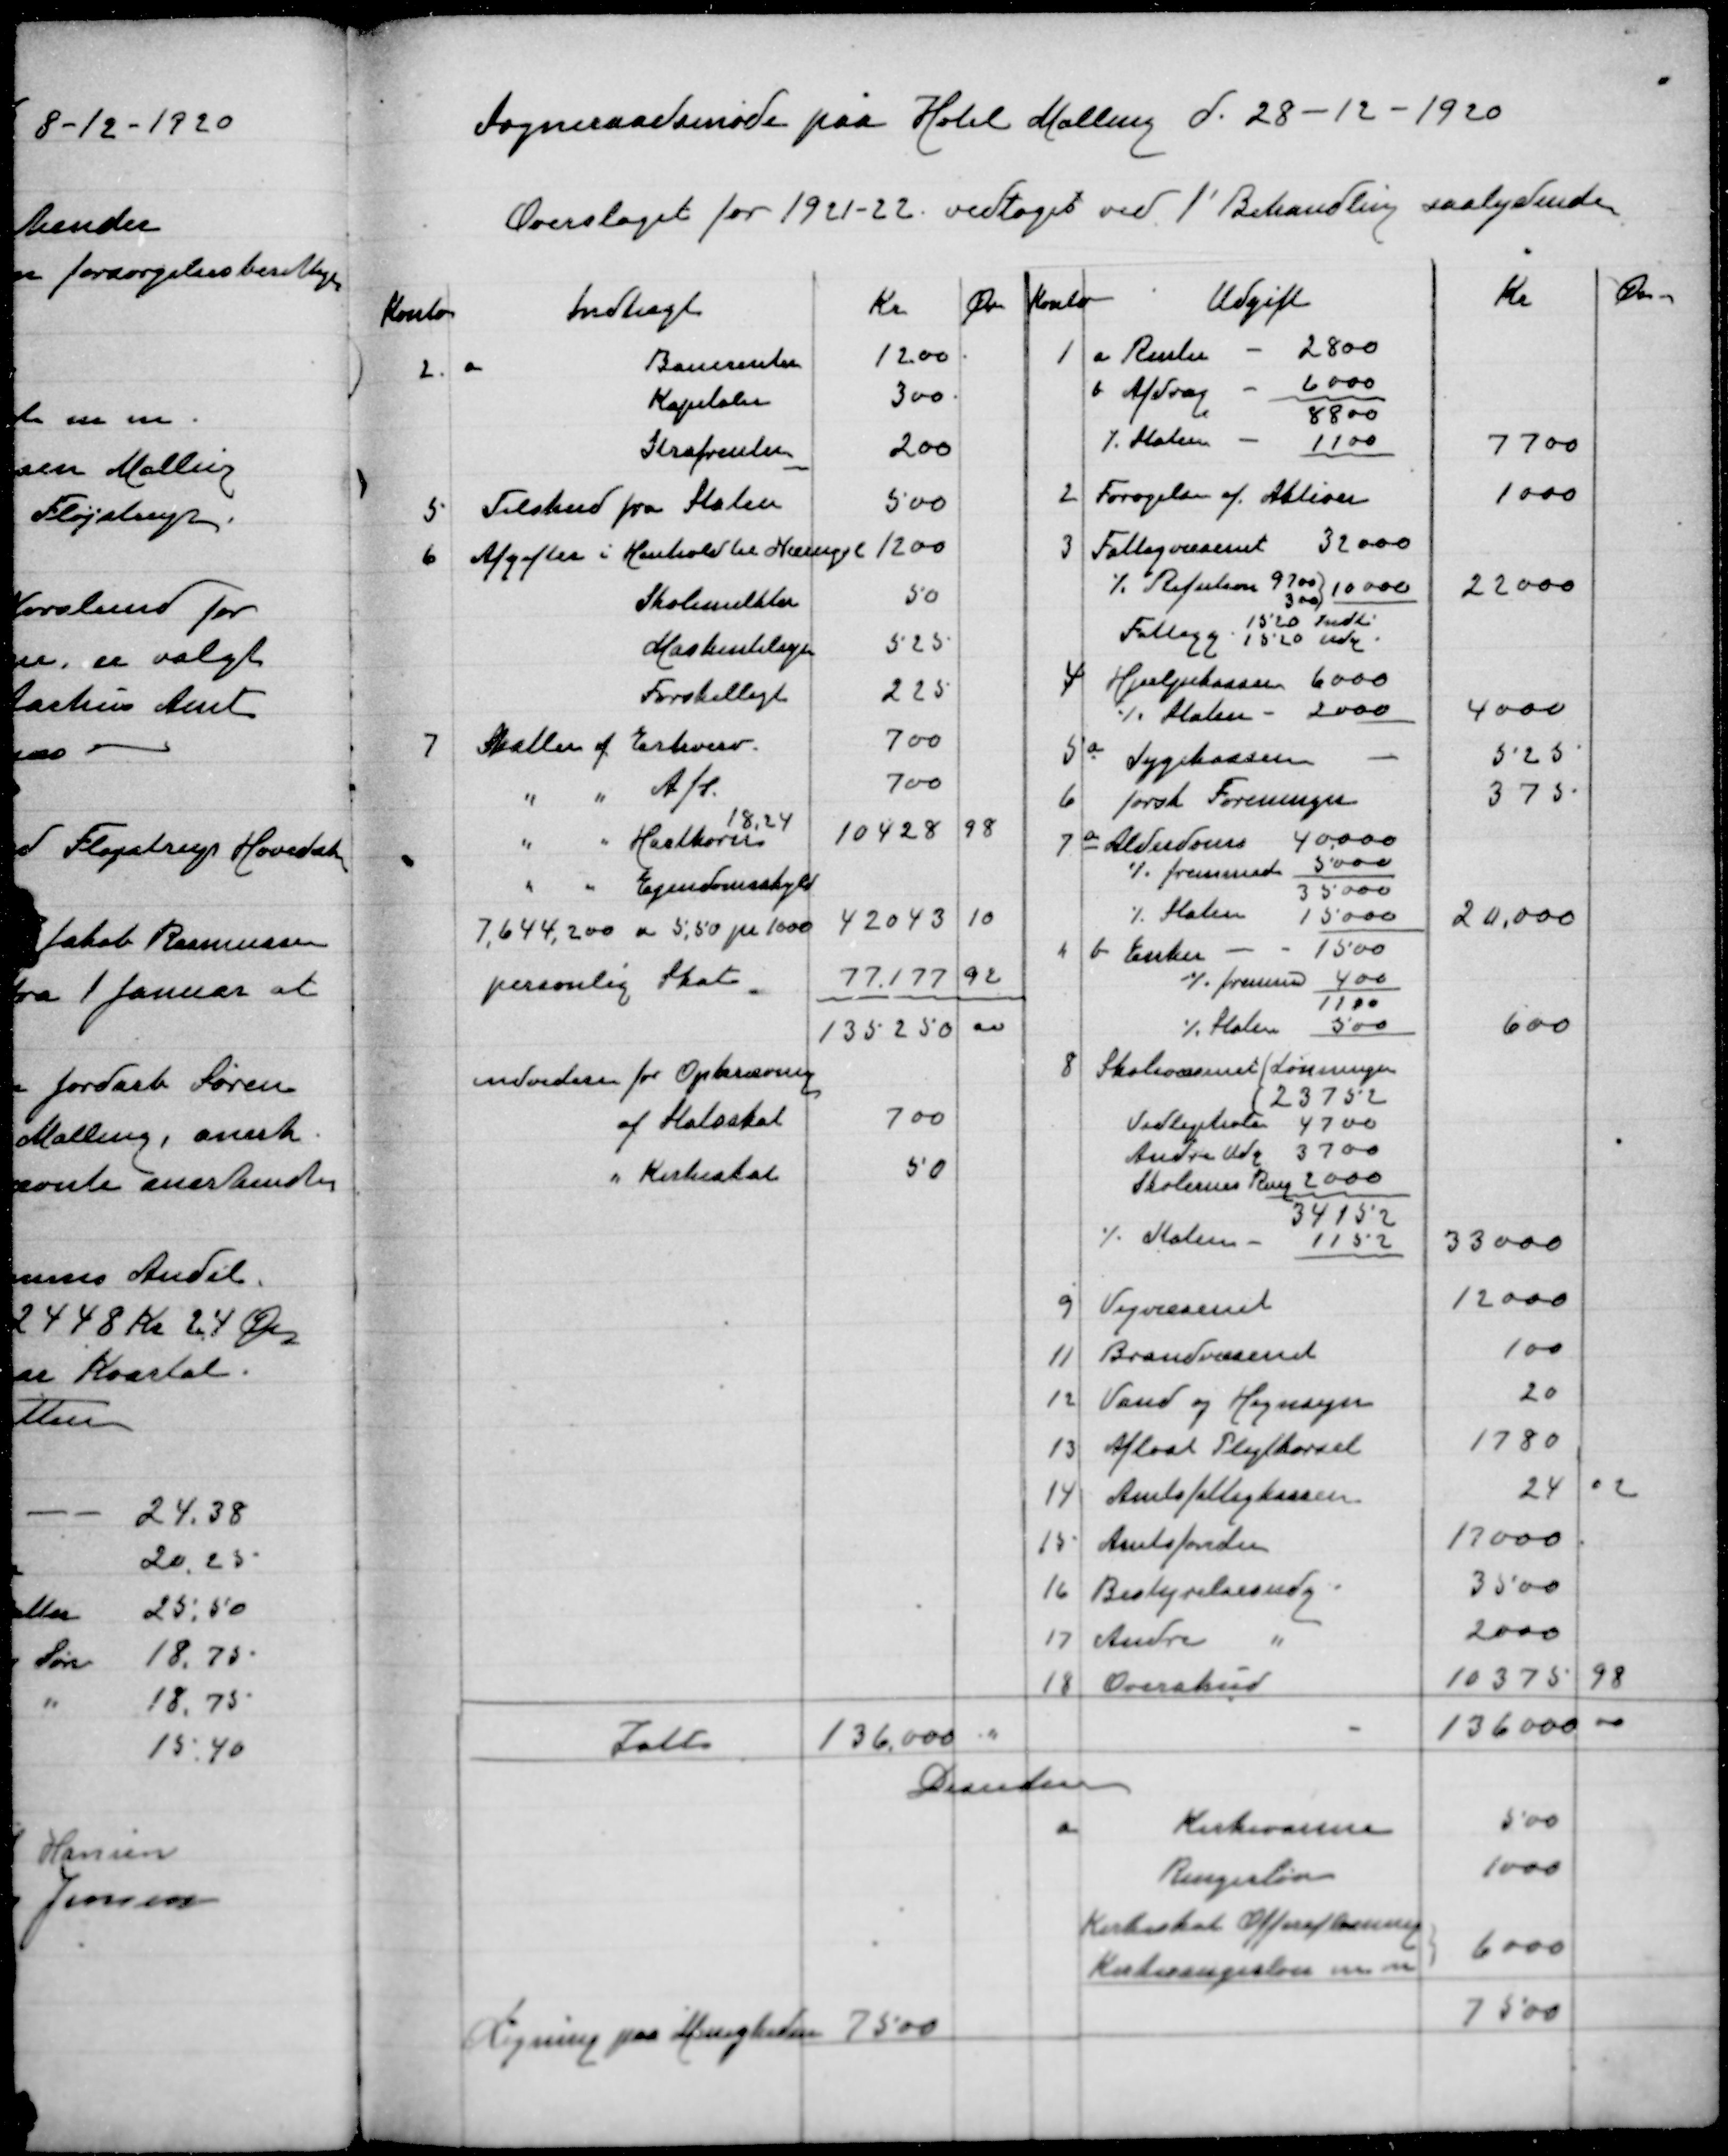
Transskription:
Sogneraadsmøde paa Hotel Malling d. 28-12-1920

Overslaget for 1921-22 vedtaget ved 1' Behandling saalydende